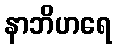
နာဘိဟရေ